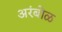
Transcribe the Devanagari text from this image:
अरंबोळ